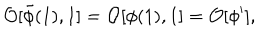
{ \cal O } [ \tilde { \phi } ( 1 ) , 1 ] = { \cal O } [ \phi ( 1 ) , 1 ] = { \cal O } [ \phi ^ { \prime } ] ,